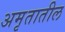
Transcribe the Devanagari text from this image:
अमृतातील